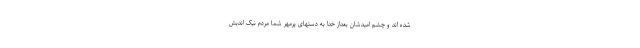
شده اند و چشم امیدشان بعداز خدا به دستهای پرمهر شما مردم نیک اندیش